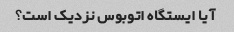
آیا ایستگاه اتوبوس نزدیک است؟